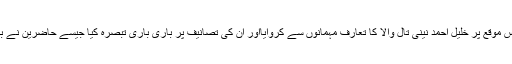
انہوں نےاس موقع پر خلیل احمد نینی تال والا کا تعارف مہمانوں سے کروایااور ان کی تصانیف پر باری باری تبصرہ کیا جیسے حاضرین نے بہت سراہا ۔